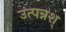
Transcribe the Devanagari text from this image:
उत्पन्नश्